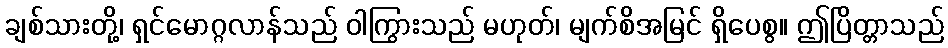
ချစ်သားတို့၊ ရှင်မောဂ္ဂလာန်သည် ဝါကြွားသည် မဟုတ်၊ မျက်စိအမြင် ရှိပေစွ။ ဤပြိတ္တာသည်